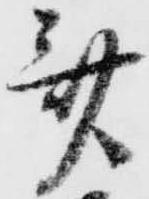
斎